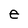
Character: e